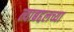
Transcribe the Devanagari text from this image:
त्याबद्दलच्या